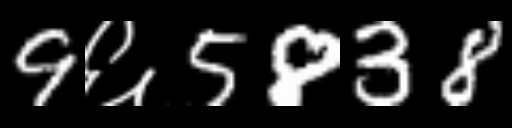
Text: 9६5838